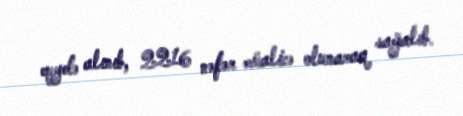
qeydə alınıb, 2216 nəfər müalicə olunaraq sağalıb.